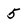
Character: 5